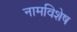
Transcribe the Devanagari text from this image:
नामविशेष